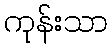
ကုန်းသာ